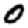
Digit: 0